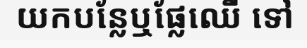
យកបន្លែឬផ្លែឈើ ទៅ